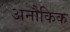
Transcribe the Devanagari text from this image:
अनौकिक